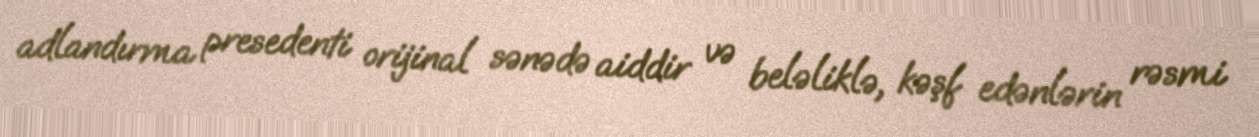
adlandırma presedenti orijinal sənədə aiddir və beləliklə, kəşf edənlərin rəsmi